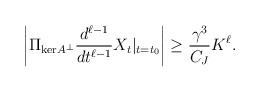
\begin{align*} \left|\Pi_{\mathrm{ker}A^\perp}\frac{d^{\ell-1}}{dt^{\ell-1}}X_t|_{t = t_0}\right| \ge \frac{\gamma^3}{C_J}K^\ell.\end{align*}